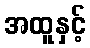
အထူနှင့်